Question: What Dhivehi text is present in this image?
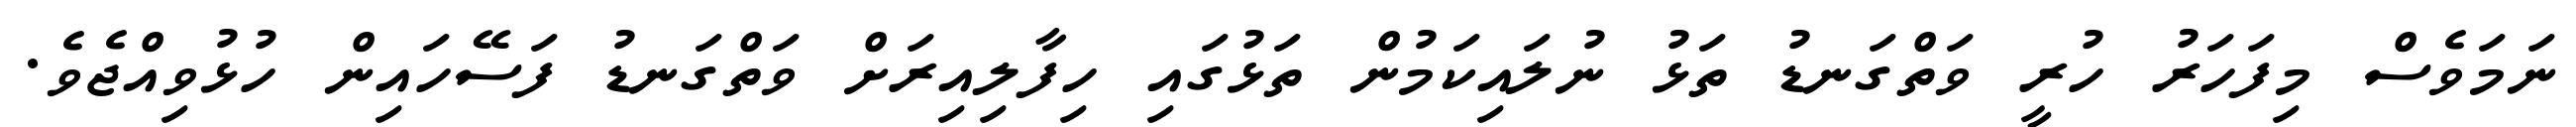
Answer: ނަމަވެސް މިފަހަރު ހުރީ ވަތްގަނޑު ތަޅު ނުލައިކަމުން ތަޅުގައި ހިފާލިއިރަށް ވަތްގަނޑު ފަސޭހައިން ހުޅުވިއްޖެވެ.